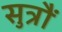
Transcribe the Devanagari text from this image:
सुत्रौं